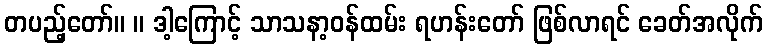
တပည့်တော်။ ။ ဒါ့ကြောင့် သာသနာ့ဝန်ထမ်း ရဟန်းတော် ဖြစ်လာရင် ခေတ်အလိုက်